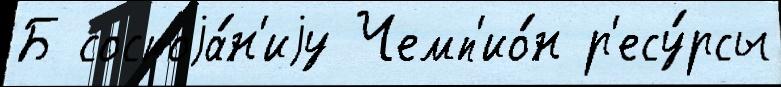
Б состоjа́н'иjу Чемп'ио́н р'есу́рсы